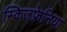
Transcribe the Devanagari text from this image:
स्किजफ्रेनिया